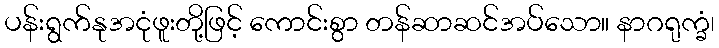
ပန်းရွက်နုအငုံဖူးတို့ဖြင့် ကောင်းစွာ တန်ဆာဆင်အပ်သော။ နာဂရုက္ခံ၊